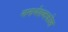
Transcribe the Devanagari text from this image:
नानार्थशब्दकोश